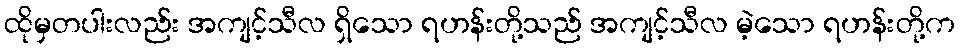
ထိုမှတပါးလည်း အကျင့်သီလ ရှိသော ရဟန်းတို့သည် အကျင့်သီလ မဲ့သော ရဟန်းတို့က